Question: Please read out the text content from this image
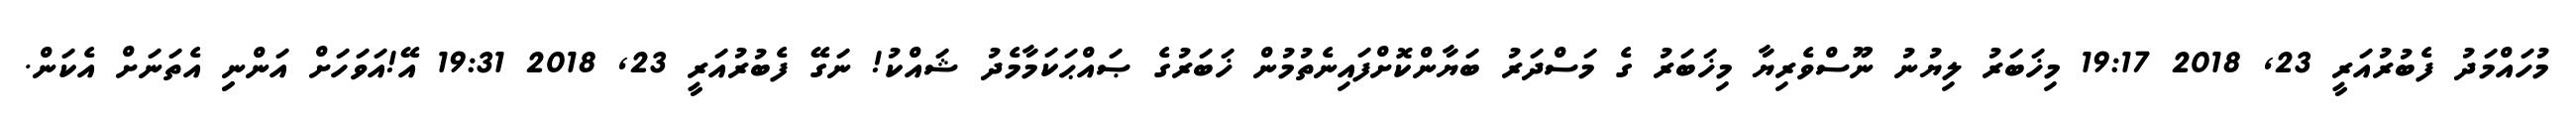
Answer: މުހައްމަދު ފެބުރުއަރީ 23, 2018 19:17 މިޚަބަރު ލިޔުނު ނޫސްވެރިޔާ މިޚަބަރު ގެ މަސްދަރު ބަޔާންކޮށްފައިނެތުމުން ޚަބަރުގެ ޞައްޙަކަމާމެދު ޝައްކު! ނަގޭ ފެބުރުއަރީ 23, 2018 19:31 އޭ!އަވަހަށް އަންނިި އެތަނަށް އެކަން.